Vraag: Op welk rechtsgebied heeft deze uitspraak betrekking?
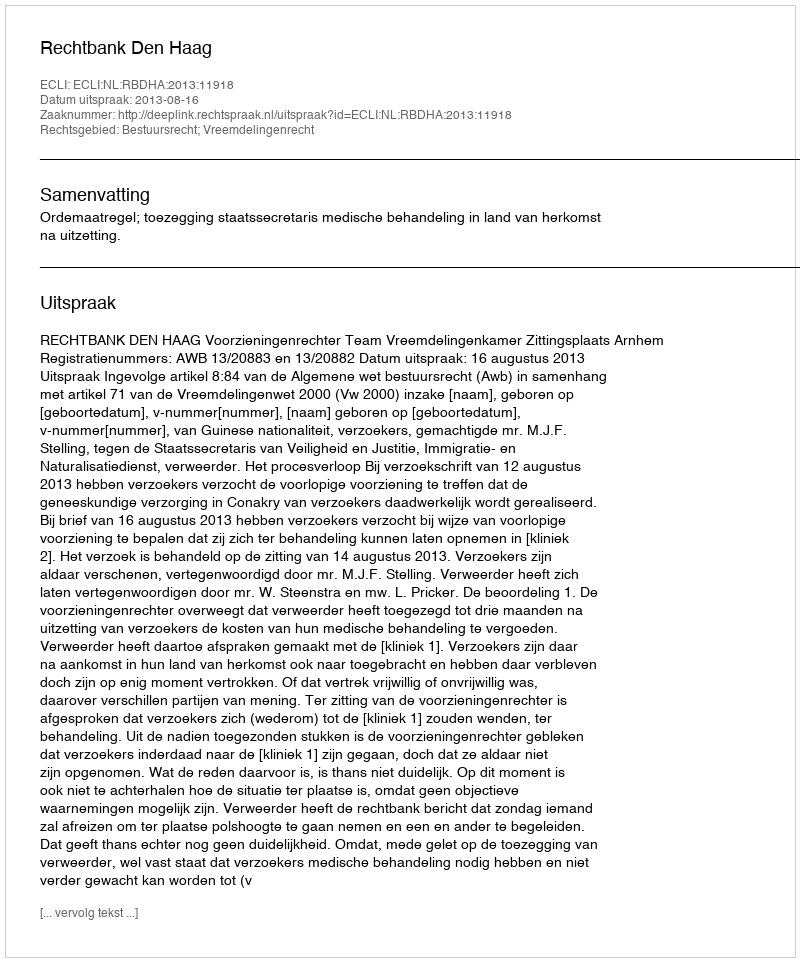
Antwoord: Bestuursrecht; Vreemdelingenrecht